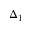
\Delta _ { 1 }